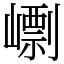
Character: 㠒